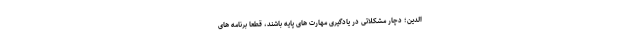
الدین؛ دچار مشکلاتی در یادگیری مهارت های پایه باشند، قطعا برنامه های